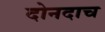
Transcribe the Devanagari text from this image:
दोनदाच